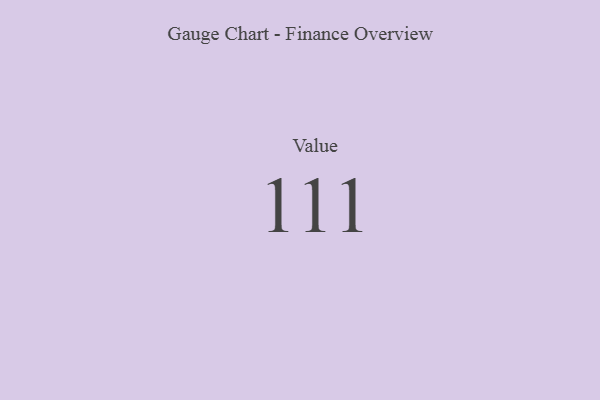
{"axis": {"x": "Metric", "y": "Value"}, "legend": [""], "data": [{"x": "Value", "y": 111, "type": ""}]}